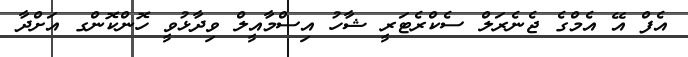
އެފް އޭ އެމްގެ ޖެނެރަލް ސެކްރެޓަރީ ޝާހު އިސްމާއީލް ވިދާޅުވީ ހޮންކޮންގ އަށްދާ